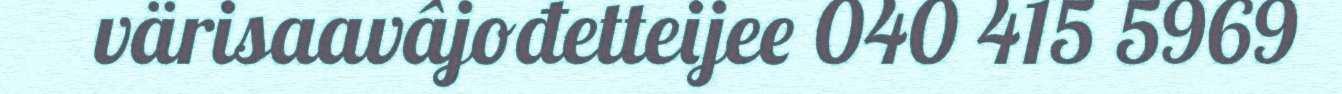
värisaavâjođetteijee 040 415 5969